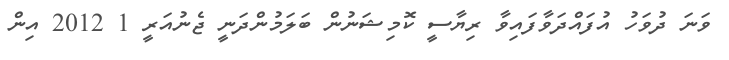
ވަނަ ދުވަހު އުފައްދަވާފައިވާ ރިޔާސީ ކޮމިޝަނުން ބަލަމުންދަނީ ޖެނުއަރީ 1 2012 އިން